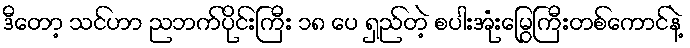
ဒီတော့ သင်ဟာ ညဘက်ပိုင်းကြီး ၁၈ ပေ ရှည်တဲ့ စပါးအုံးမြွေကြီးတစ်ကောင်နဲ့